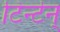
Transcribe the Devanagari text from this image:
टिन्टॆन्